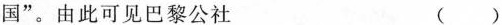
国”。由此可见巴黎公社 ( )